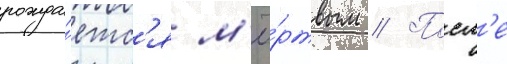
рожда́етс'я м'ё́ртвым // Посл'е